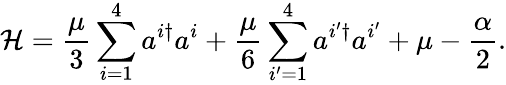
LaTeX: \mathcal{H}=\frac{{\mu}}{3}\sum_{i=1}^{4}a^{i\dagger}a^{i}+\frac{{\mu}}{6}\sum_{i^{\prime}=1}^{4}a^{i^{\prime}\dagger}a^{i^{\prime}}+\mu-\frac{{\alpha}}{{2}}.